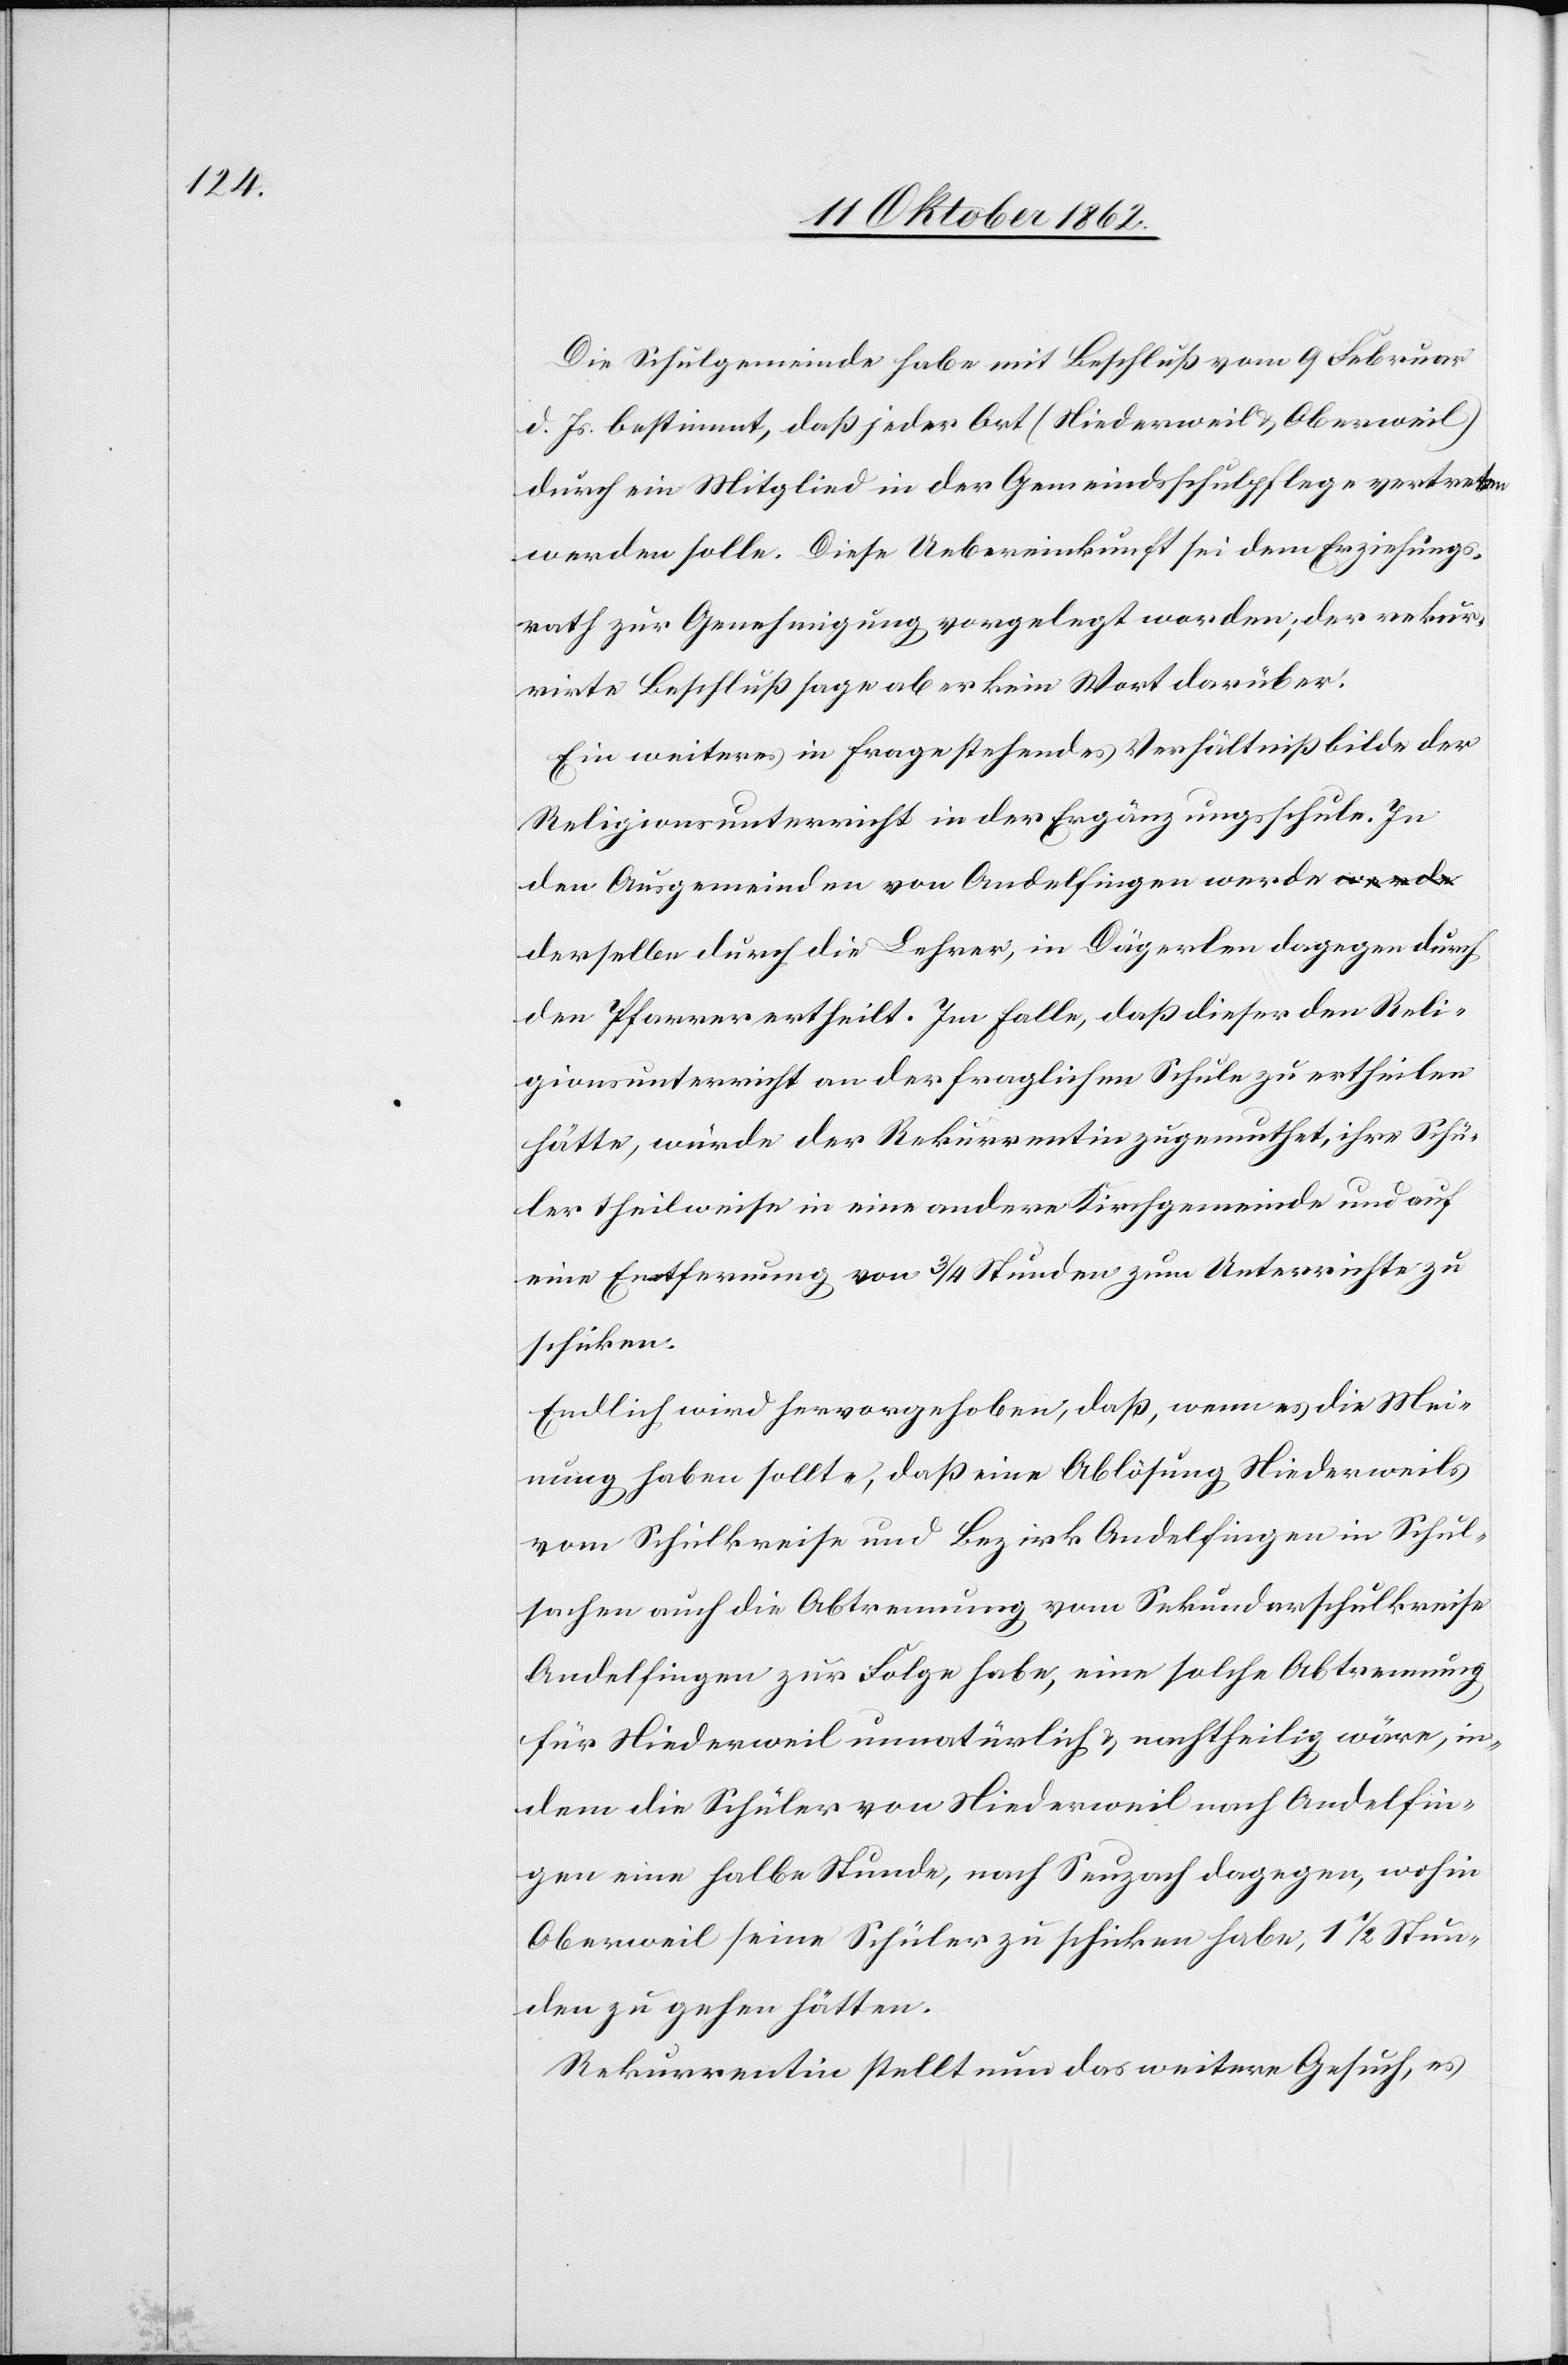
Die Schulgemeinde habe mit Beschluß vom 9. Februar
d. Js. bestimmt, daß jeder Ort (Niederweil u. Oberweil)
durch ein Mitglied in der Gemeindsschulpflege vertreten
werden olle. Diese Uebereinkunft sei dem Erziehungs¬
rath zur Genehmigung vorgelegt worden; der rekur¬
rirte Beschluß sage aber kein Wort darüber.
Ein weiteres in Frage stehendes Verhältniß bilde der
Religionsunterricht in der Ergänzungsschule. In
den Ausgemeinden von Andelfingen werde d¬
erselbe durch die Lehrer, in Dägerlen dagegen durch
den Pfarrer ertheilt. Im Falle, daß dieser den Reli¬
gionsunterricht an der fraglichen Schule zu ertheilen
hätte, würde der Rekurrentin zugemuthet, ihre Schü¬
ler theilweise in eine andere Kirchgemeinde und auf
eine Entfernung von 3/4 Stunden zum Unterrichte zu
schicken.
Endlich wird hervorgehoben, daß, wenn es die Mei¬
nung haben sollte, daß eine Ablösung Niederweils
vom Schulkreise und Bezirk Andelfingen in Schul¬
sachen auch die Abtrennung vom Sekundarschulkreise
Andelfingen zur Folge habe, eine solche Abtrennung
für Niederweil unnatürlich u. nachtheilig wäre, in¬
dem die Schüler von Niederweil nach Andelfin¬
gen eine halbe Stunde, nach Seuzach dagegen, wohin
Oberweil seine Schüler zu schicken habe, 1 1/2 Stun¬
den zu gehen hätten.
Rekurrentin stellt nun das weitere Gesuch, es